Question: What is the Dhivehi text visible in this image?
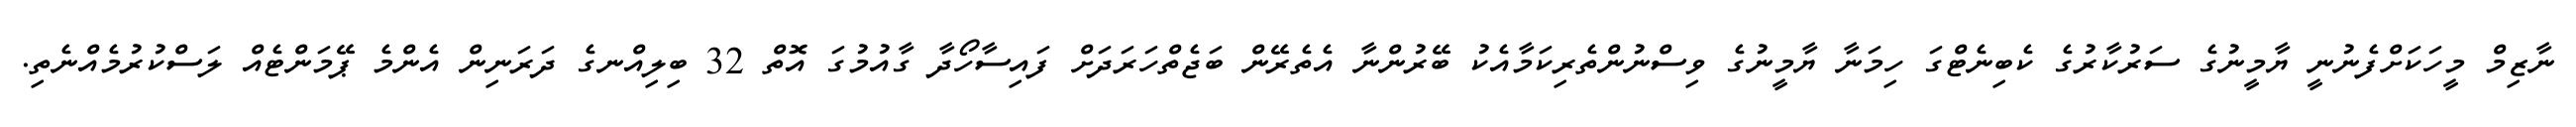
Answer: ނާޒިމް މީހަކަށްފެނުނީ ޔާމީނުގެ ސަރުކާރުގެ ކެބިނެޓްގަ ހިމަނާ ޔާމީނުގެ ވިސްނުންތެރިކަމާއެކު ބޭރުންނާ އެތެރޭން ބަޖެތްހަރަދަށް ފައިސާހޯދާ ގާއުމުގަ އޮތް 32 ބިލިއްނގެ ދަރަނިން އެންމެ ޕޭމަންޓެއް ލަސްކުރުމެއްނެތި.